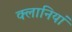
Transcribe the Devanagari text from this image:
क्लानियां